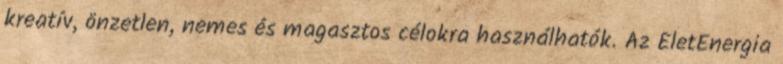
kreatív, önzetlen, nemes és magasztos célokra használhatók. Az ÉletEnergia